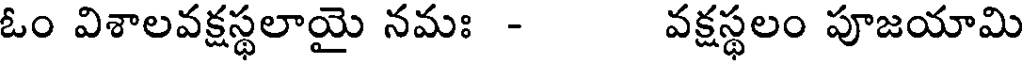
ఓం విశాలవక్షస్థలాయై నమః - వక్షస్థలం పూజయామి